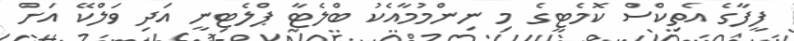
ފީފާގެ އެތިކްސް ކޮމެޓީގެ މި ނިންމުމާއެކު ބްލެޓާ ޕްލެޓިނީ އަދި ވަލްކޭ އަށް